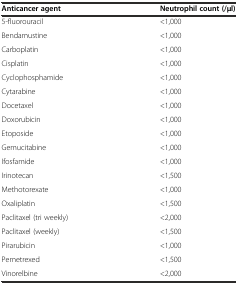
<table><thead><tr><td><b>Anticancer agent</b></td><td><b>Neutrophil count (/μl)</b></td></tr></thead><tbody><tr><td>5-fluorouracil</td><td>&lt;1,000</td></tr><tr><td>Bendamustine</td><td>&lt;1,000</td></tr><tr><td>Carboplatin</td><td>&lt;1,000</td></tr><tr><td>Cisplatin</td><td>&lt;1,000</td></tr><tr><td>Cyclophosphamide</td><td>&lt;1,000</td></tr><tr><td>Cytarabine</td><td>&lt;1,000</td></tr><tr><td>Docetaxel</td><td>&lt;1,000</td></tr><tr><td>Doxorubicin</td><td>&lt;1,000</td></tr><tr><td>Etoposide</td><td>&lt;1,000</td></tr><tr><td>Gemucitabine</td><td>&lt;1,000</td></tr><tr><td>Ifosfamide</td><td>&lt;1,000</td></tr><tr><td>Irinotecan</td><td>&lt;1,500</td></tr><tr><td>Methotorexate</td><td>&lt;1,000</td></tr><tr><td>Oxaliplatin</td><td>&lt;1,500</td></tr><tr><td>Paclitaxel (tri weekly)</td><td>&lt;2,000</td></tr><tr><td>Paclitaxel (weekly)</td><td>&lt;1,500</td></tr><tr><td>Pirarubicin</td><td>&lt;1,000</td></tr><tr><td>Pemetrexed</td><td>&lt;1,500</td></tr><tr><td>Vinorelbine</td><td>&lt;2,000</td></tr></tbody></table>